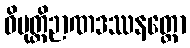
ဝိမုတ္တိဉာဏဒဿနတ္ထော